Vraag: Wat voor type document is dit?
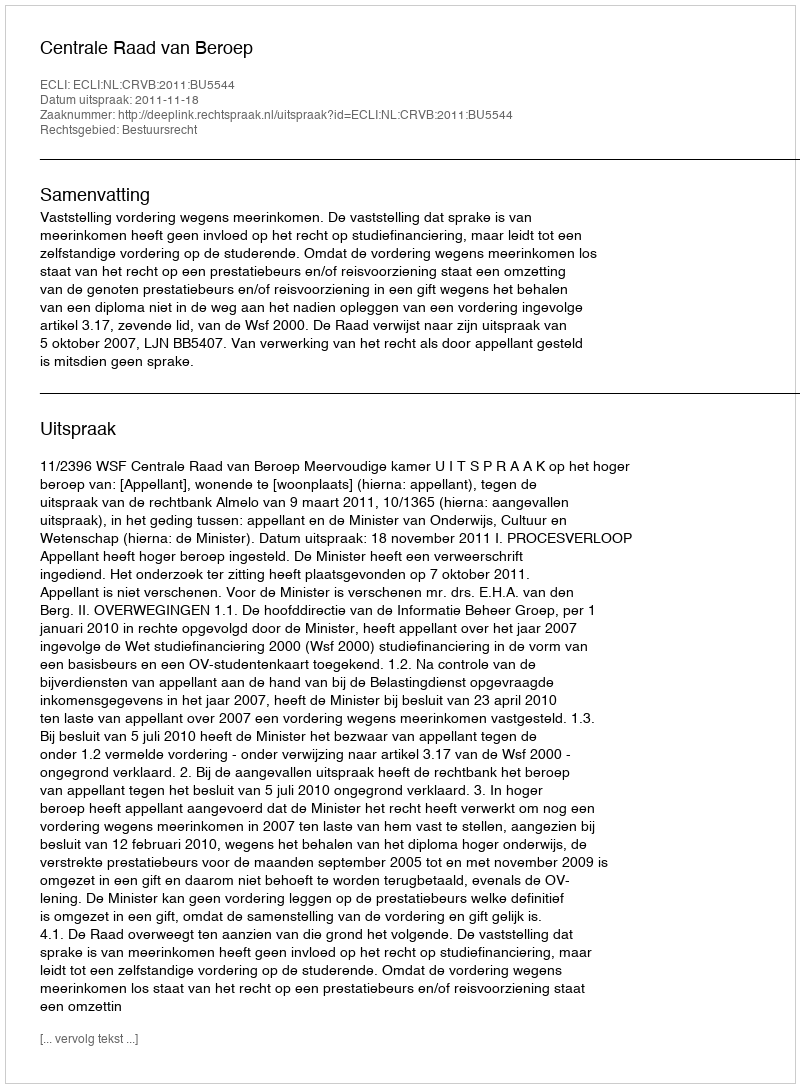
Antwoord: Uitspraak